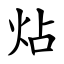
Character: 炶